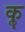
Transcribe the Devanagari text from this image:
कॣ